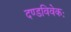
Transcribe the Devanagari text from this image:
दण्डविवेकः